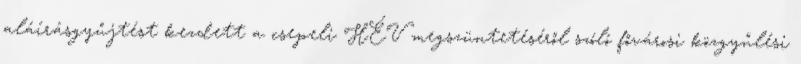
aláírásgyűjtést kezdett a csepeli HÉV megszüntetéséről szóló fővárosi közgyűlési